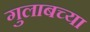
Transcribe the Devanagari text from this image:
गुलाबच्या